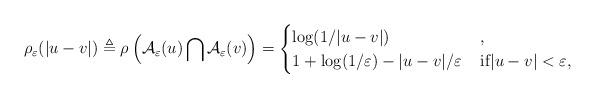
LaTeX: \begin{align*}\rho_{\varepsilon}(|u-v|) \triangleq\rho\left(\mathcal{A}_{\varepsilon}(u)\bigcap\mathcal{A}_{\varepsilon}(v)\right)= \begin{cases}\log(1/|u-v|)& \, , \\1+\log(1/\varepsilon)-|u-v|/\varepsilon & \, \text{if$|u-v|<\varepsilon$},\end{cases}\end{align*}